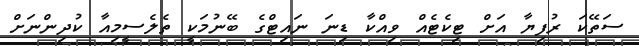
ސަތޭކަ ރުފިޔާ އަށް ޓިކެޓެއް ވިއްކާ ޑިނަ ނައިޓްގެ ބޭނުމަކީ ތެލެސީމިއާ ކުދިންނަށް